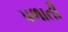
પળાતી